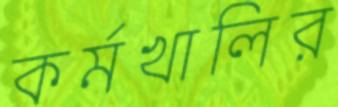
কর্মখালির